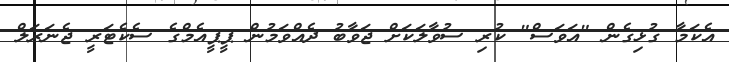
އެކަމާ ގުޅިގެން "އަަވަސް" ކުރި ސުވާލަކަށް ޖަވާބު ދެއްވަމުން ޕީޕީއެމްގެ ސެކެޓަރީ ޖެނަރަލް